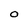
Character: O